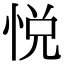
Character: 悦